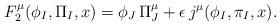
LaTeX: \begin{align*}F_{2}^{\mu}(\phi_{I},\Pi_{I},x)=\phi_{J}\,\Pi_{J}^{\mu}+\epsilon\,j^{\mu}(\phi_{I},\pi_{I},x).\end{align*}